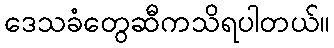
ဒေသခံတွေဆီကသိရပါတယ်။